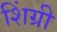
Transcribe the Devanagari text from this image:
शिंग्री